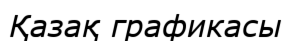
Қазақ графикасы